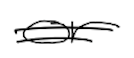
Text: or
Cross-out: double-line
Writing tool: digital_black